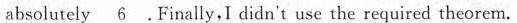
absolutely \underline{6} . Finally,I didn't use the required theorem.